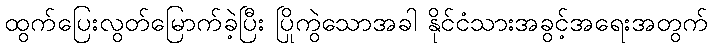
ထွက်ပြေးလွတ်မြောက်ခဲ့ပြီး ပြိုကွဲသောအခါ နိုင်ငံသားအခွင့်အရေးအတွက်